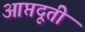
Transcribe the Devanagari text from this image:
आप्तदूती